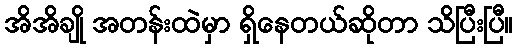
အိအိချို အတန်းထဲမှာ ရှိနေတယ်ဆိုတာ သိပြီးပြီ။